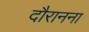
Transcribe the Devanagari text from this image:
दौरानना